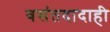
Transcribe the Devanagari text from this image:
वसंतदादाही